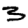
Digit: 3